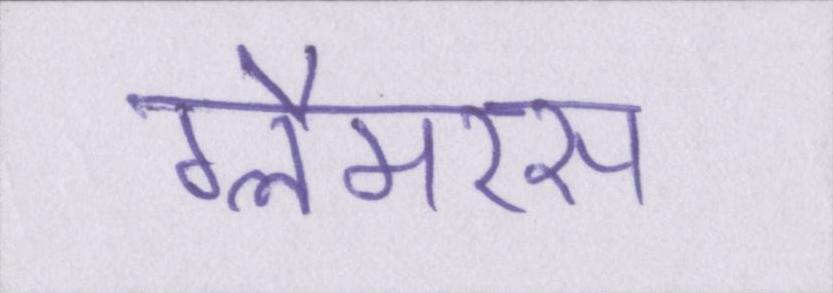
ग्लैमरस